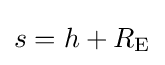
{\textstyle s=h+R_{\mathrm {E} }}